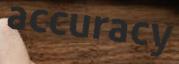
accuracy